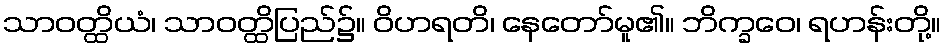
သာဝတ္ထိယံ၊ သာဝတ္ထိပြည်၌။ ဝိဟရတိ၊ နေတော်မူ၏။ ဘိက္ခဝေ၊ ရဟန်းတို့။